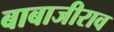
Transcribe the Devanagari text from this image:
बाबाजीराव